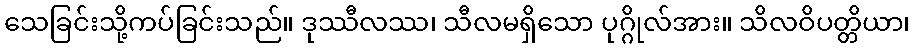
သေခြင်းသို့ကပ်ခြင်းသည်။ ဒုဿီလဿ၊ သီလမရှိသော ပုဂ္ဂိုလ်အား။ သိလဝိပတ္တိယာ၊